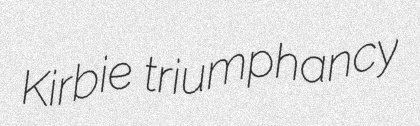
Kirbie triumphancy